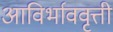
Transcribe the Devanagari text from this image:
आविर्भाववृत्ती